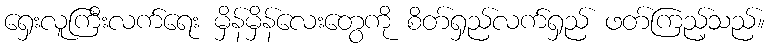
ရှေးလူကြီးလက်ရေး မှိန်မှိန်လေးတွေကို စိတ်ရှည်လက်ရှည် ဖတ်ကြည့်သည်။